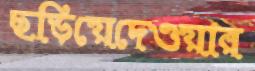
ছড়িয়েদেওয়ার